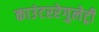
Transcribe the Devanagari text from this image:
काउंटररेगुलेट्री